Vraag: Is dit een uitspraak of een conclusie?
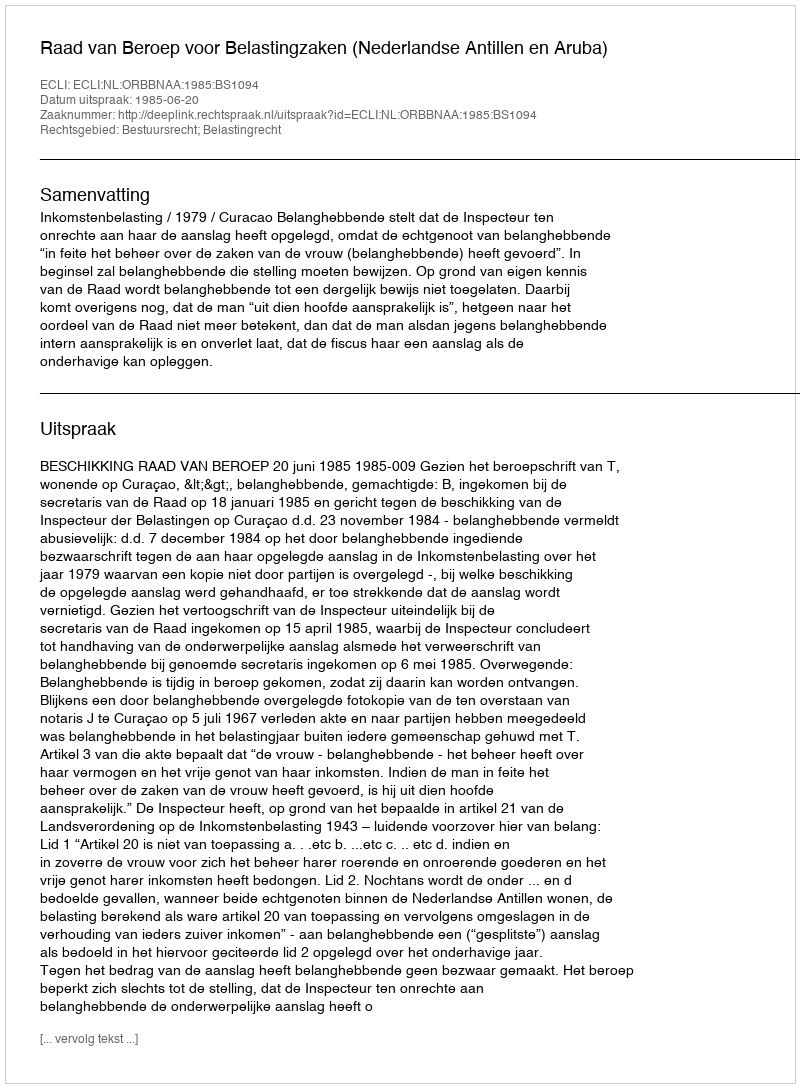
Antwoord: Uitspraak